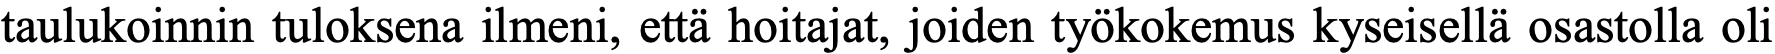
taulukoinnin tuloksena ilmeni, että hoitajat, joiden työkokemus kyseisellä osastolla oli